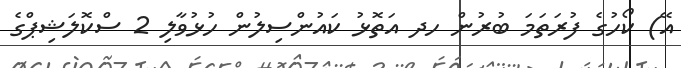
އޭ) ކޯހުގެ ފުރަތަމަ ބުރުން ހދ އަތޮޅު ކައުންސިލުން ހުޅުވާލި 2 ސްކޮލަޝިޕްގެ